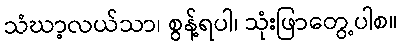
သံဃာ့လယ်သာ၊ စွန့်ရပါ၊ သုံးဖြာတွေ့ပါစ။